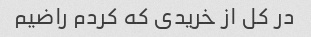
در کل از خریدی که کردم راضیم